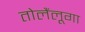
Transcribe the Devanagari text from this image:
तोलैंलूगा